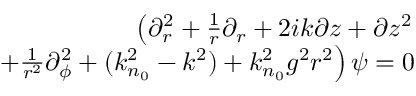
\begin{array} { r l r } & { } & { \left( \partial _ { r } ^ { 2 } + \frac { 1 } { r } \partial _ { r } + 2 i k \partial z + \partial z ^ { 2 } \right. } \\ & { } & { \left. + \frac { 1 } { r ^ { 2 } } \partial _ { \phi } ^ { 2 } + ( k _ { n _ { 0 } } ^ { 2 } - k ^ { 2 } ) + k _ { n _ { 0 } } ^ { 2 } g ^ { 2 } r ^ { 2 } \right) \psi = 0 } \end{array}